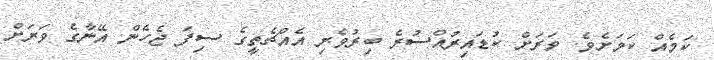
ކަމެއް ކަމަށެވެ. ވަރަށް ކުޑައިރުއްސުރެ ބިރުވެރި އެއްޗެތީގެ ސިފަ ޖެހެން އޭނާގެ ވަރަށް